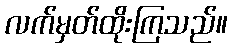
လက်မှတ်ထိုးကြသည်။